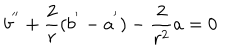
b ^ { ' ^ { \prime } } + \frac { 2 } { r } ( b ^ { ' } - a ^ { ' } ) - \frac { 2 } { r ^ { 2 } } a = 0